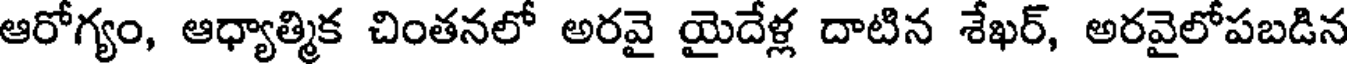
ఆరోగ్యం, ఆధ్యాత్మిక చింతనలో అరవై యైదేళ్ల దాటిన శేఖర్, అరవైలోపబడిన